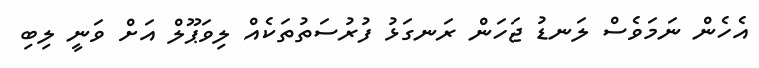
އެހެން ނަމަވެސް ލަނޑު ޖަހަން ރަނގަޅު ފުރުސަތުތަކެއް ލިވަޕޫލް އަށް ވަނީ ލިބި